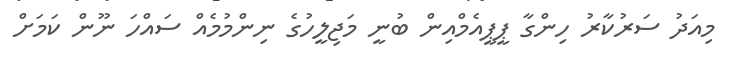
މިއަދު ސަރުކާރު ހިންގާ ޕީޕީއެމްއިން ބުނީ މަޖިލީހުގެ ނިންމުމެއް ސައްހަ ނޫން ކަމަށް